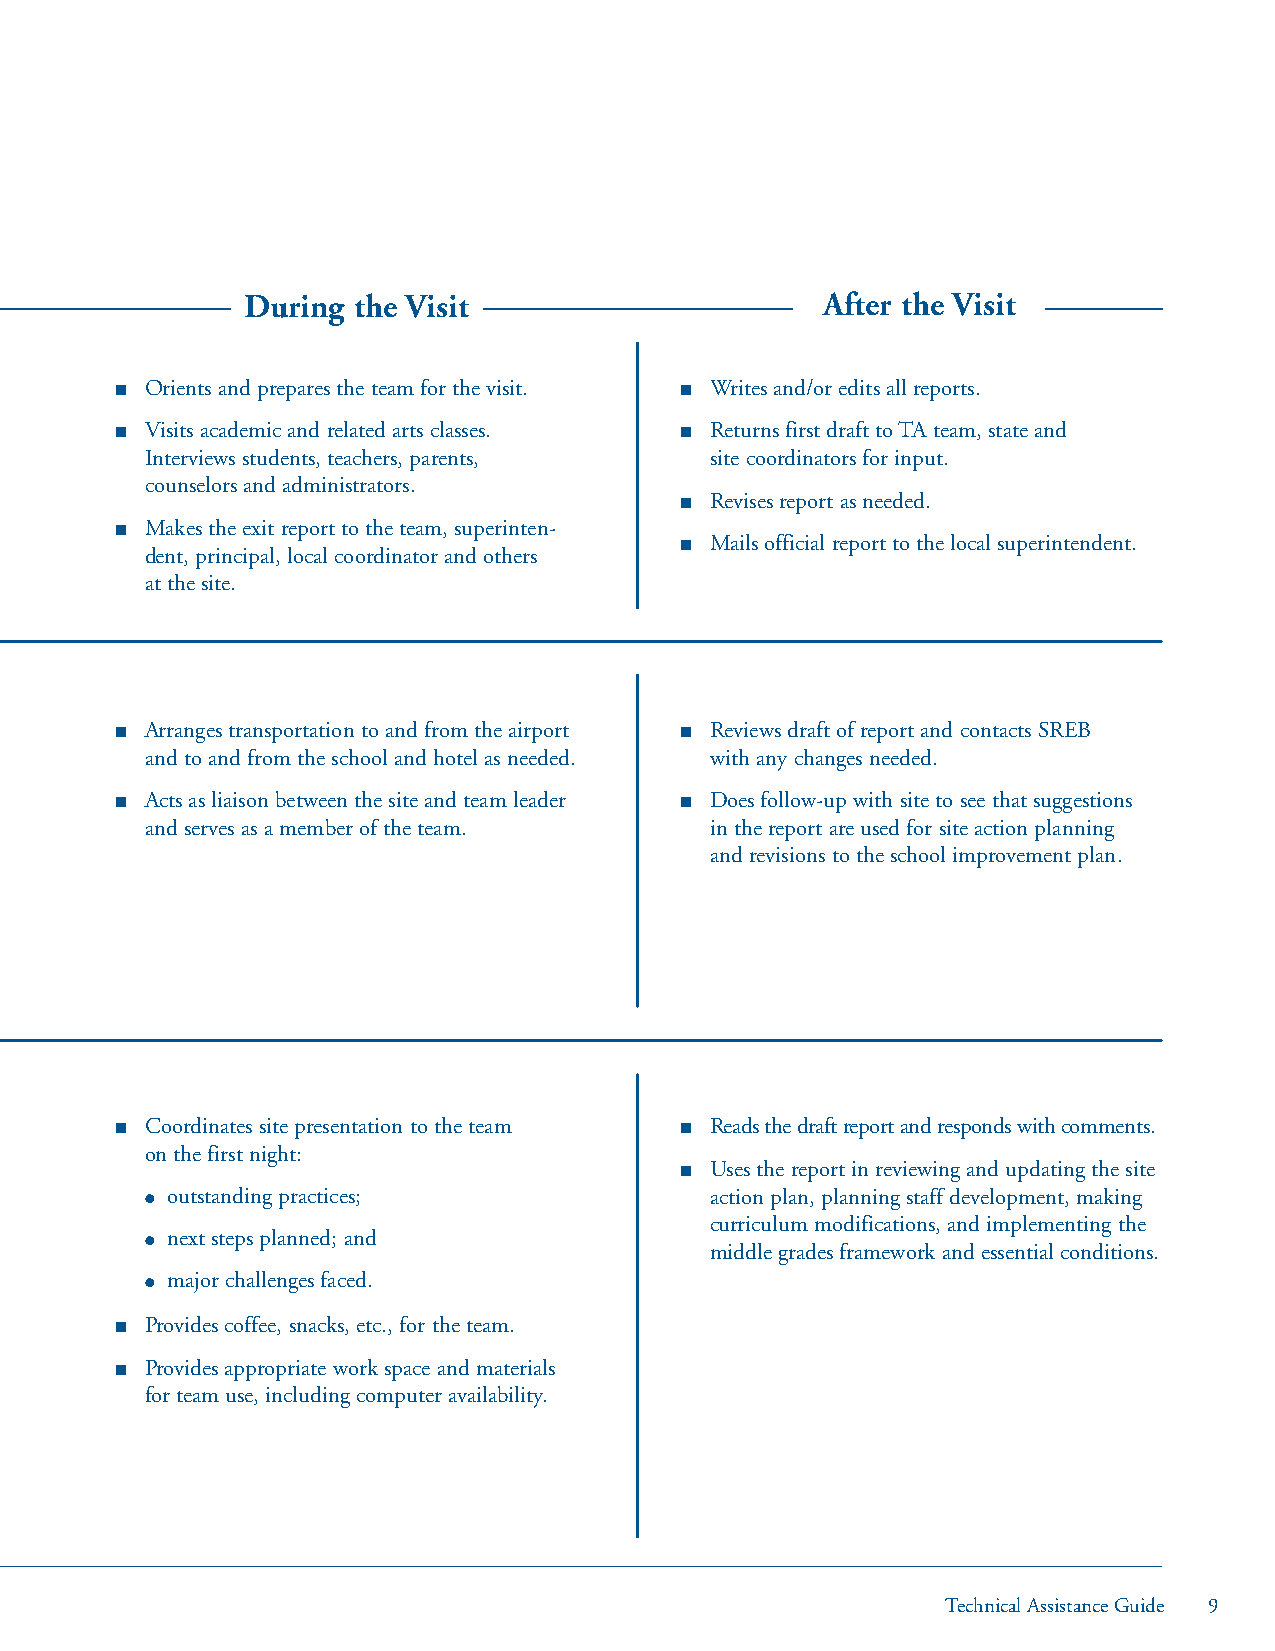
During the Visit                       After the Visit
 ■ Orients and prepares the team for the visit. ■ Writes and/or edits all reports.
 ■ Visits academic and related arts classes. ■ Returns first draft to TA team, state and
 Interviews students, teachers, parents, site coordinators for input.
 counselors and administrators.
 ■ Revises report as needed.
 ■ Makes the exit report to the team, superinten-
 ■ Mails official report to the local superintendent.
 dent, principal, local coordinator and others
 at the site.
 ■ Arranges transportation to and from the airport ■ Reviews draft of report and contacts SREB
 and to and from the school and hotel as needed. with any changes needed.
 ■ Acts as liaison between the site and team leader ■ Does follow-up with site to see that suggestions
 and serves as a member of the team.  in the report are used for site action planning
 and revisions to the school improvement plan.
 ■ Coordinates site presentation to the team ■ Reads the draft report and responds with comments.
 on the first night:
 ■ Uses the report in reviewing and updating the site
 ● outstanding practices;             action plan, planning staff development, making
 curriculum modifications, and implementing the
 ● next steps planned; and
 middle grades framework and essential conditions.
 ● major challenges faced.
 ■ Provides coffee, snacks, etc., for the team.
 ■ Provides appropriate work space and materials
 for team use, including computer availability.
 Technical Assistance Guide 9